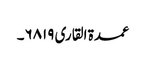
عمدۃ القاری ۶۸۱۹۔